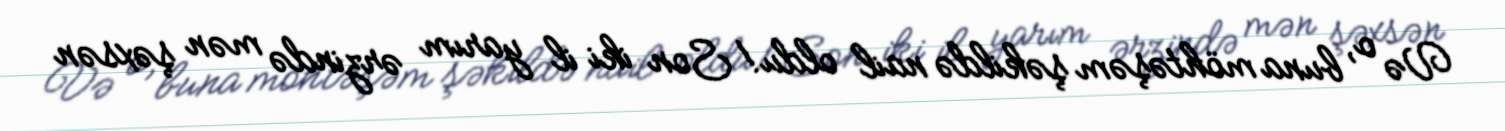
Və o, buna möhtəşəm şəkildə nail oldu!Son iki il yarım ərzində mən şəxsən